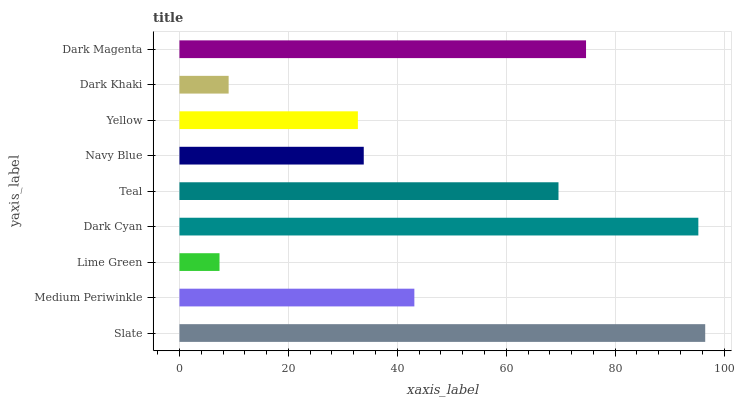
| yaxis_label | bars |
 | --- | --- |
 | Slate | 96.5 |
 | Medium Periwinkle | 43.1 |
 | Lime Green | 7.35 |
 | Dark Cyan | 95.3 |
 | Teal | 69.6 |
 | Navy Blue | 33.8 |
 | Yellow | 32.8 |
 | Dark Khaki | 9.03 |
 | Dark Magenta | 74.6 |